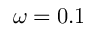
\omega = 0 . 1